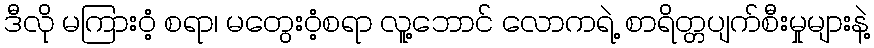
ဒီလို မကြားဝံ့ စရာ၊ မတွေးဝံ့စရာ လူ့ဘောင် လောကရဲ့ စာရိတ္တပျက်စီးမှုများနဲ့